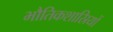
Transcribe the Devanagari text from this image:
भौतिकशास्रियों